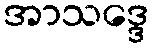
အာသဒ္ဒေ